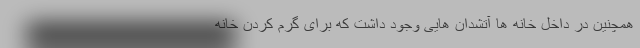
همچنین در داخل خانه ها آتشدان هایی وجود داشت که برای گرم کردن خانه